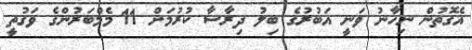
އެގޮތުން ނިހާނު ވަނީ އަބުރުގެ ބިލު ދިރާސާ ކުރުމަށް 11 މެމްބަރުންގެ ވަގުތީ